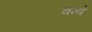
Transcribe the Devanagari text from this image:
चम्बे